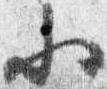
参